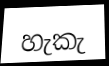
හැකැ